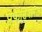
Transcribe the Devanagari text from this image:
प्रोफेसियोनेल